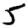
Digit: 5